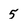
Character: 5